Plague in India, 1896, 1897 - Volume 3
Year: 1896
Disease focus: Plague
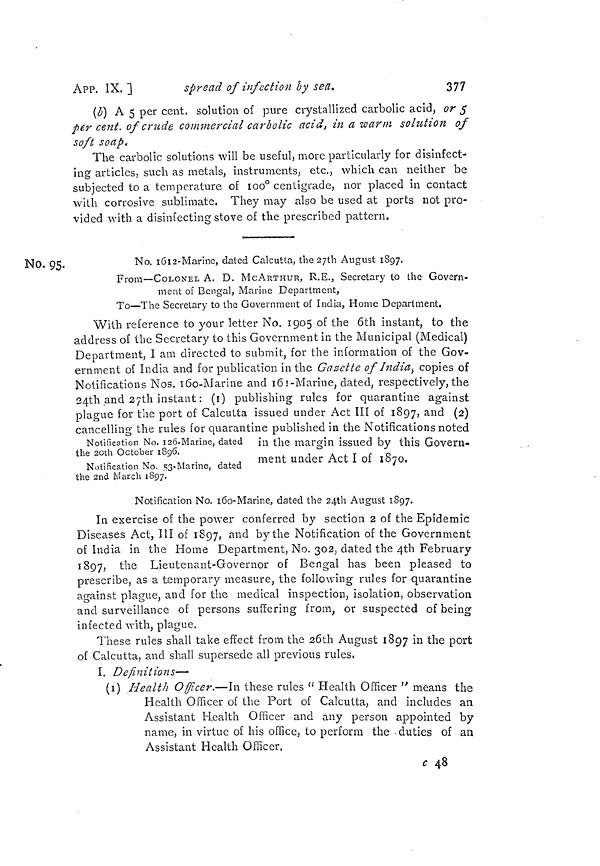
APP. IX. ]
spread of infection by sea.
377
(b) A 5 per cent, solution of pure crystallized carbolic acid, or 5
per cent, of cried e commercial carbolic acid, in a warm solution of
soft soap.
The carbolic solutions will be useful, more particularly for disinfect-
ing articles, such as metals, instruments, etc., which can neither be
subjected to a temperature of 100° centigrade, nor placed in contact
with corrosive sublimate. They may also be used at ports not pro-
vided with a disinfecting stove of the prescribed pattern.
No. 95.
No. 16l2-Marine, dated Calcutta, the 27th August 1897.
From—COLONEL A. D. MCARTHUR, R.E., Secretary to the Govern-
ment of Bengal, Marine Department,
To—The Secretary to the Government of India, Home Department.
Notification No. 126-Marine, dated
the 20th October 1896.
Notification No. 53-Marine, dated
the 2nd March 1897.
With reference to your letter No. 1905 of the 6th instant, to the
address of the Secretary to this Government in the Municipal (Medical)
Department, I am directed to submit, for the information of the Gov-
ernment of India and for publication in the Gazette of India, copies of
Notifications Nos. 160-Marine and 161-Marine, dated, respectively, the
24th and 27th instant : (1) publishing rules for quarantine against
plague for the port of Calcutta issued under Act III of 1897, and (2)
cancelling the rules for quarantine published in the Notifications noted
in the margin issued by this Govern-
ment under Act I of 1870.
Notification No. 160-Marine, dated the 24th August 1897.
In exercise of the power conferred by section 2 of the Epidemic
Diseases Act, III of 1897, and by the Notification of the Government
of India in the Home Department, No. 302, dated the 4th February
1897, the Lieutenant-Governor of Bengal has been pleased to
prescribe, as a temporary measure, the following rules for quarantine
against plague, and for the medical inspection, isolation, observation
and surveillance of persons suffering from, or suspected of being
infected with, plague.
These rules shall take effect from the 26th August 1897 in the port
of Calcutta, and shall supersede all previous rules.
I. Definitions—•
(1) Health Officer,—In these rules " Health Officer " means the
Health Officer of the Port of Calcutta, and includes an
Assistant Health Officer and any person appointed by
name, in virtue of his office, to perform the duties of an
Assistant Health Officer.
c 48